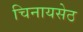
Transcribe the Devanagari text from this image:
चिनायसेठ